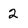
Character: 2